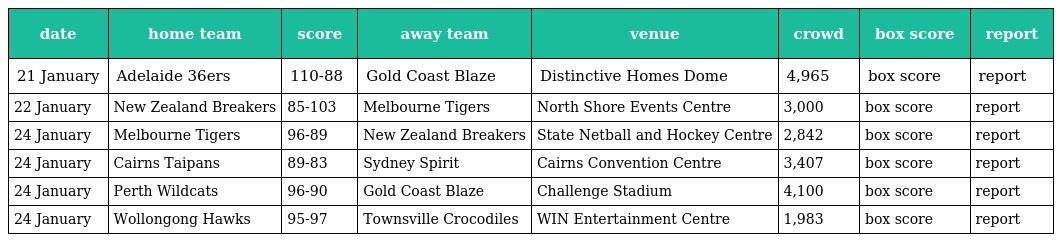
| date | home team | score | away team | venue | crowd | box score | report |
 | --- | --- | --- | --- | --- | --- | --- | --- |
 | 21 January | Adelaide 36ers | 110-88 | Gold Coast Blaze | Distinctive Homes Dome | 4,965 | box score | report |
 | 22 January | New Zealand Breakers | 85-103 | Melbourne Tigers | North Shore Events Centre | 3,000 | box score | report |
 | 24 January | Melbourne Tigers | 96-89 | New Zealand Breakers | State Netball and Hockey Centre | 2,842 | box score | report |
 | 24 January | Cairns Taipans | 89-83 | Sydney Spirit | Cairns Convention Centre | 3,407 | box score | report |
 | 24 January | Perth Wildcats | 96-90 | Gold Coast Blaze | Challenge Stadium | 4,100 | box score | report |
 | 24 January | Wollongong Hawks | 95-97 | Townsville Crocodiles | WIN Entertainment Centre | 1,983 | box score | report |